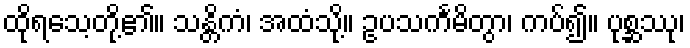
ထိုရသေ့တို့၏။ သန္တိကံ၊ အထံသို့။ ဥပသင်္ကမိတွာ၊ ကပ်၍။ ပုစ္ဆဿု၊